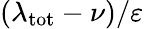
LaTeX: (\lambda_{\mathrm{tot}}-\nu)/\varepsilon